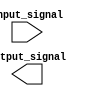
module IO_Block_Low_Power_Buffer (
    input wire input_signal,
    output reg output_signal
);

// Verilog code for the I/O Block Low-power buffer goes here

endmodule